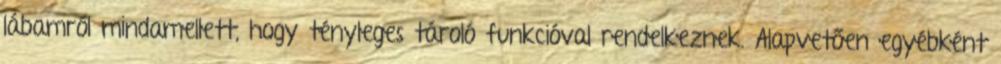
lábamról mindamellett, hogy tényleges tároló funkcióval rendelkeznek. Alapvetően egyébként